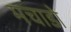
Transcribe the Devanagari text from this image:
मचाडो